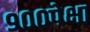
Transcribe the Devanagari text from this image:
९००पेक्षा